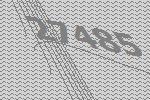
27485